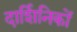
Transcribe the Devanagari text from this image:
दार्शिनिकों